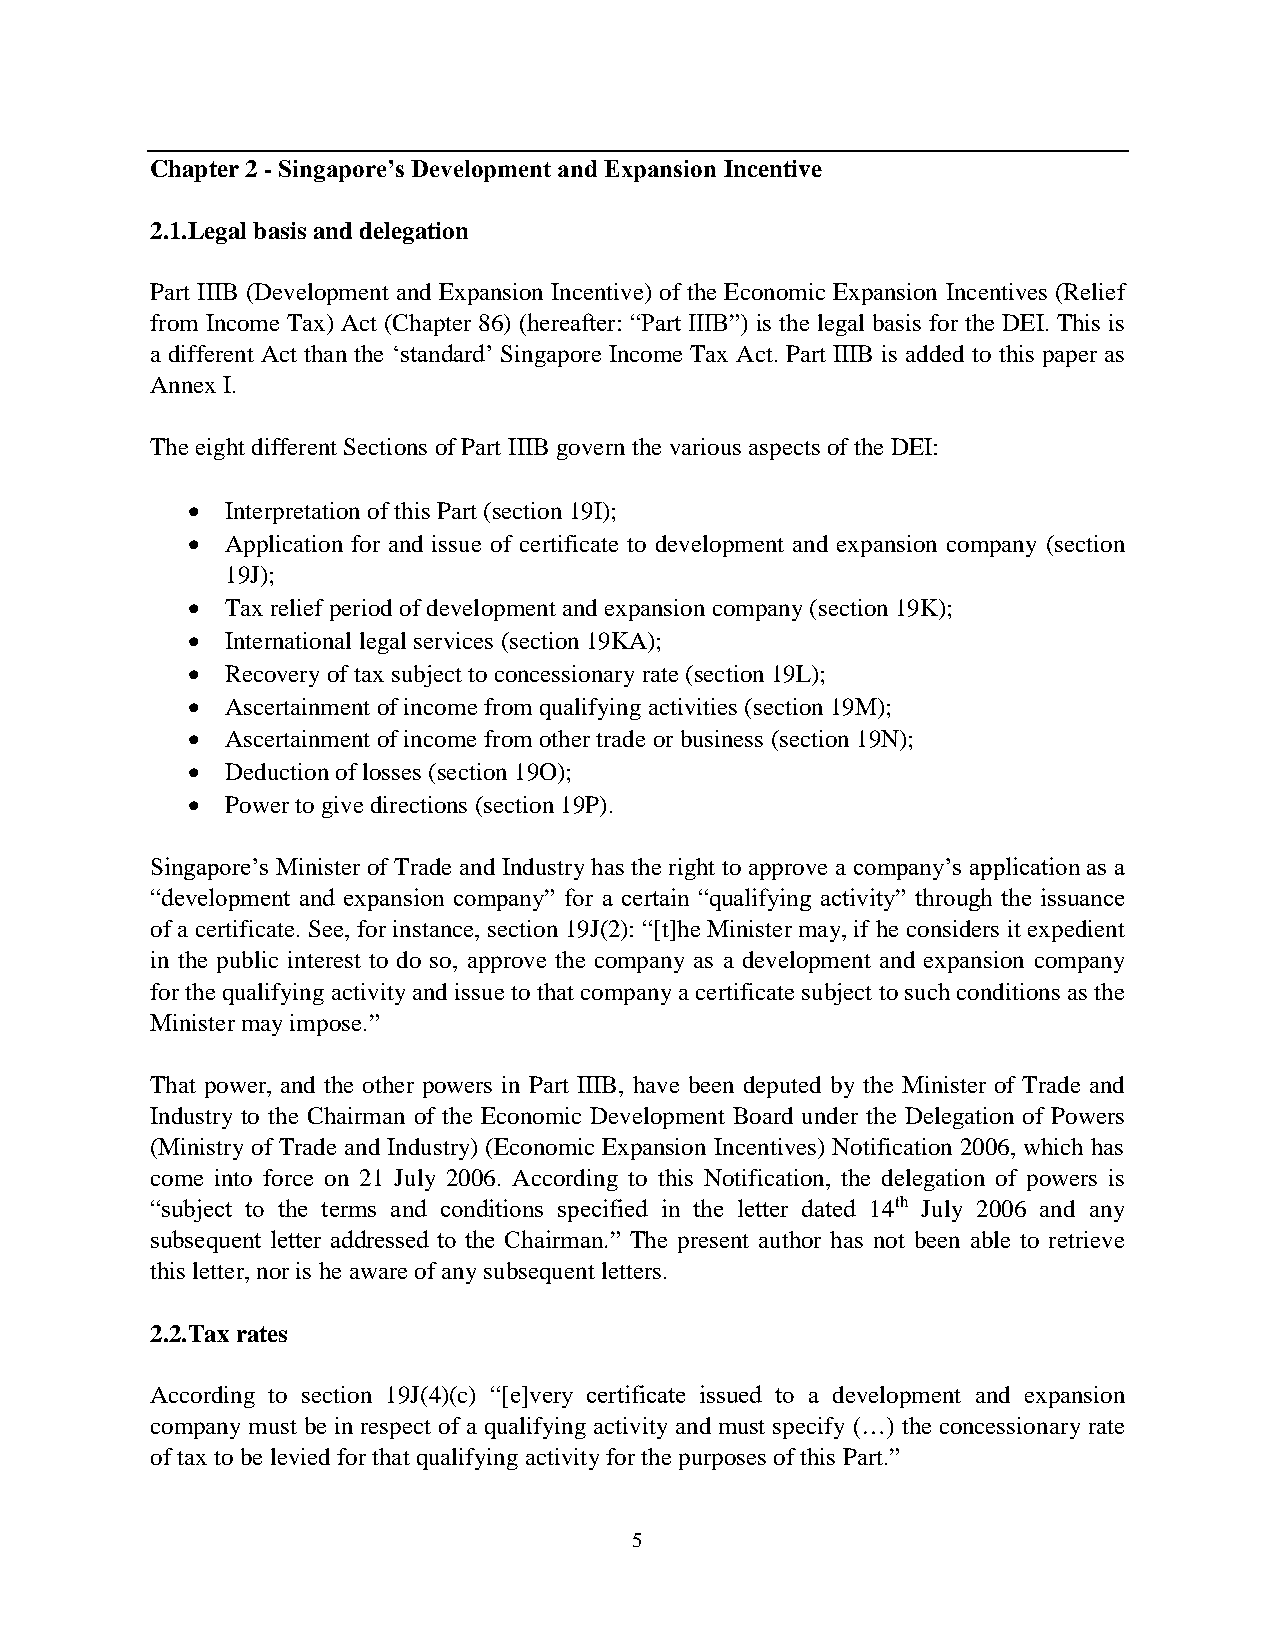
Chapter 2 - Singapore’s Development and Expansion Incentive
 2.1.Legal basis and delegation
 Part IIIB (Development and Expansion Incentive) of the Economic Expansion Incentives (Relief
 from Income Tax) Act (Chapter 86) (hereafter: “Part IIIB”) is the legal basis for the DEI. This is
 a different Act than the ‘standard’ Singapore Income Tax Act. Part IIIB is added to this paper as
 Annex I.
 The eight different Sections of Part IIIB govern the various aspects of the DEI:
   Interpretation of this Part (section 19I);
   Application for and issue of certificate to development and expansion company (section
 19J);
   Tax relief period of development and expansion company (section 19K);
   International legal services (section 19KA);
   Recovery of tax subject to concessionary rate (section 19L);
   Ascertainment of income from qualifying activities (section 19M);
   Ascertainment of income from other trade or business (section 19N);
   Deduction of losses (section 19O);
   Power to give directions (section 19P).
 Singapore’s Minister of Trade and Industry has the right to approve a company’s application as a
 “development and expansion company” for a certain “qualifying activity” through the issuance
 of a certificate. See, for instance, section 19J(2): “[t]he Minister may, if he considers it expedient
 in the public interest to do so, approve the company as a development and expansion company
 for the qualifying activity and issue to that company a certificate subject to such conditions as the
 Minister may impose.”
 That power, and the other powers in Part IIIB, have been deputed by the Minister of Trade and
 Industry to the Chairman of the Economic Development Board under the Delegation of Powers
 (Ministry of Trade and Industry) (Economic Expansion Incentives) Notification 2006, which has
 come into force on 21 July 2006. According to this Notification, the delegation of powers is
 “subject to the terms and conditions specified in the letter dated 14th July 2006 and any
 subsequent letter addressed to the Chairman.” The present author has not been able to retrieve
 this letter, nor is he aware of any subsequent letters.
 2.2.Tax rates
 According to section 19J(4)(c) “[e]very certificate issued to a development and expansion
 company must be in respect of a qualifying activity and must specify (…) the concessionary rate
 of tax to be levied for that qualifying activity for the purposes of this Part.”
 5